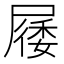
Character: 㞜